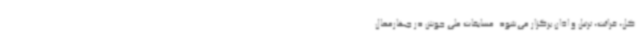
کل، قرائت، ترتیل و اذان برگزار می‌شود. مسابقات ملی جوش در چهارمحال